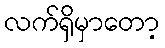
လက်ရှိမှာတော့